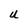
Character: U